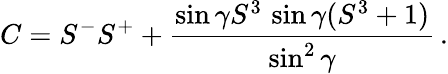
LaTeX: C=S^{-}S^{+}+\frac{\sin\gamma S^{3}\, \sin\gamma(S^{3}+1)}{\sin^{2}\gamma}\, .